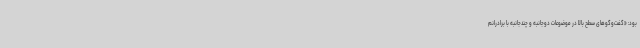
بود: «گفت‌وگوهای سطح بالا در موضوعات دوجانبه و چندجانبه با برادرانم